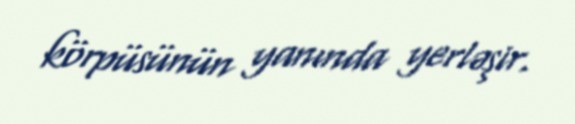
körpüsünün yanında yerləşir.